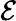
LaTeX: {\cal E}